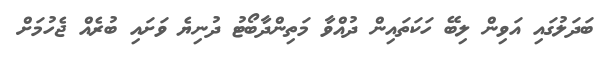
ބަދަލުގައި އަވިން ލިބޭ ހަކަތައިން ދުއްވާ މަތިންދާބޯޓު ދުނިޔެ ވަށައި ބުރެއް ޖެހުމަށް